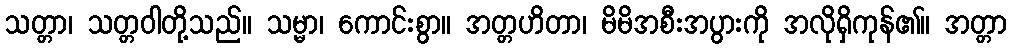
သတ္တာ၊ သတ္တဝါတို့သည်။ သမ္မာ၊ ကောင်းစွာ။ အတ္တဟိတာ၊ မိမိအစီးအပွားကို အလိုရှိကုန်၏။ အတ္တာ